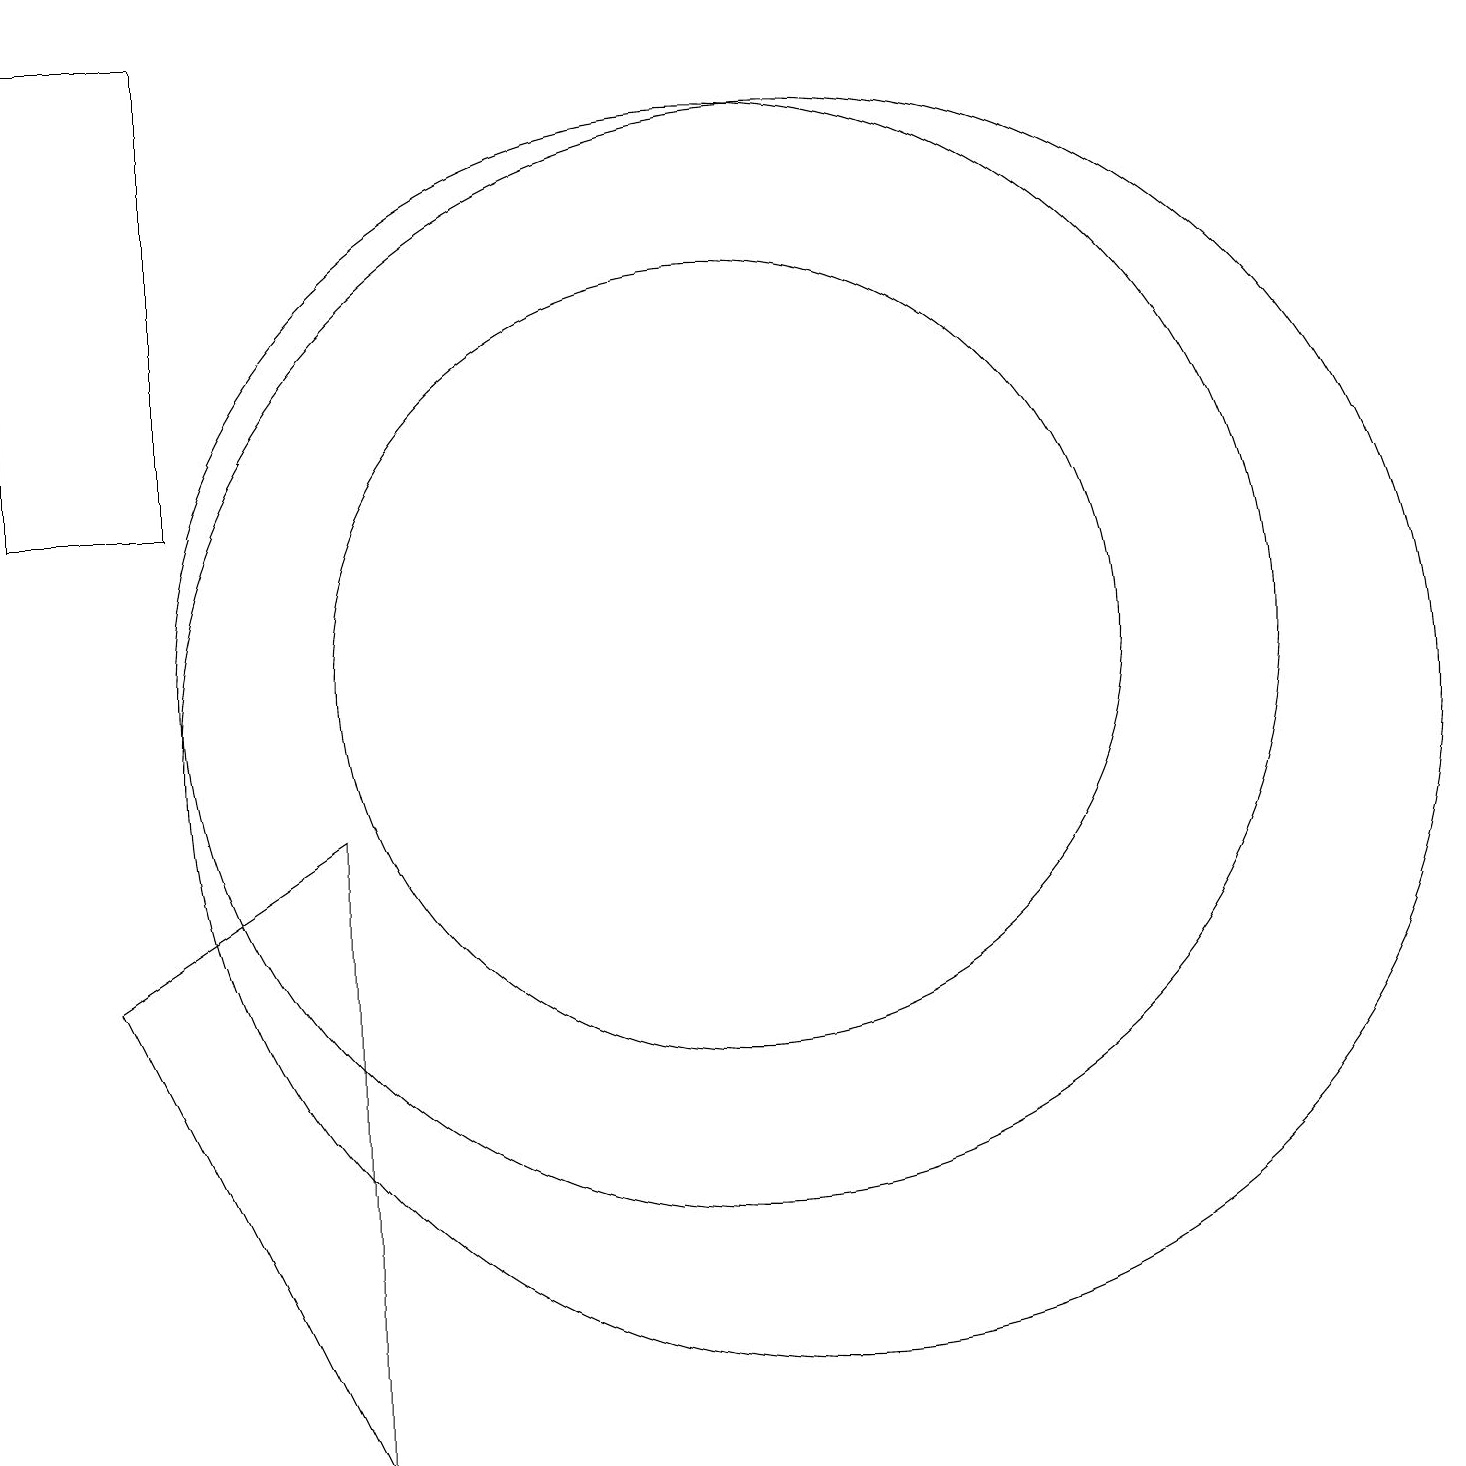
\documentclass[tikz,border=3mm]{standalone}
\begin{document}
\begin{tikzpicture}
\draw (1,19) rectangle (3,13);
\draw (11,10) circle (8);
\draw (2,7) -- (5,9) -- (5,1) -- cycle;
\draw (10,11) circle (5);
\draw (10,11) circle (7);
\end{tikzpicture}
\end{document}